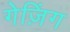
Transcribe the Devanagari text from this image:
गेज़िंग